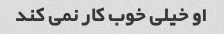
او خیلی خوب کار نمی کند